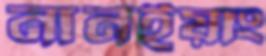
নানইয়াং